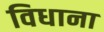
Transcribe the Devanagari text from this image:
विधाना